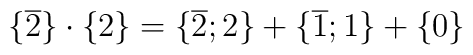
{\{} \overline{2} {\}}\cdot {\{} {2} {\}} = {\{} \overline{2};2 {\}}+ {\{} \overline{1};1 {\}}+  {\{} {0} {\}}